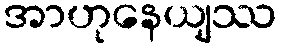
အာဟုနေယျဿ